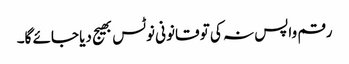
رقم واپس نہ کی تو قانونی نوٹس بھیج دیا جائے گا۔